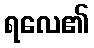
ရလေ၏